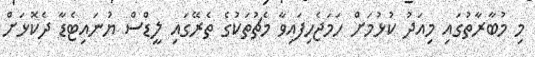
މި މުބާރާތުގައި މިއަދު ކުޅުމަށް ހަމަޖެހިފައިވާ މެޗުތަކުގެ ތެރޭގައި ލީޑްސް ޔުނައިޓެޑާ ދެކޮޅަށް